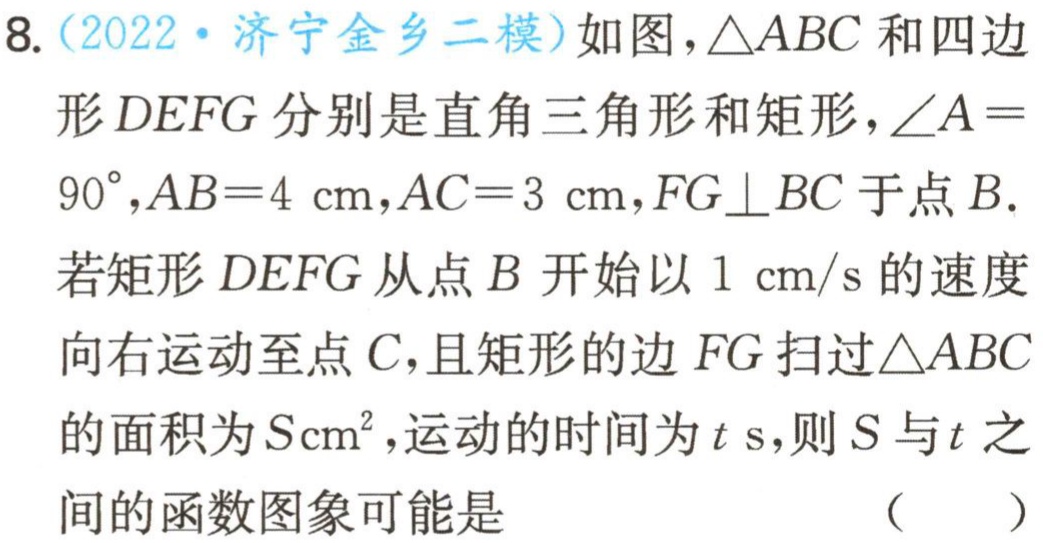
8.（2022·济宁金乡二模）如图，\(\triangle ABC\)和四边形\(DEFG\)分别是直角三角形和矩形，\(\angle A = 90^{\circ},AB = 4\ \text{cm},AC = 3\ \text{cm},FG\perp BC\)于点\(B\).若矩形\(DEFG\)从点\(B\)开始以\(1\ \text{cm/s}\)的速度向右运动至点\(C\)，且矩形的边\(FG\)扫过\(\triangle ABC\)的面积为\(S\text{cm}^2\)，运动的时间为\(t\ \text{s}\)，则\(S\)与\(t\)之间的函数图象可能是 （  ）